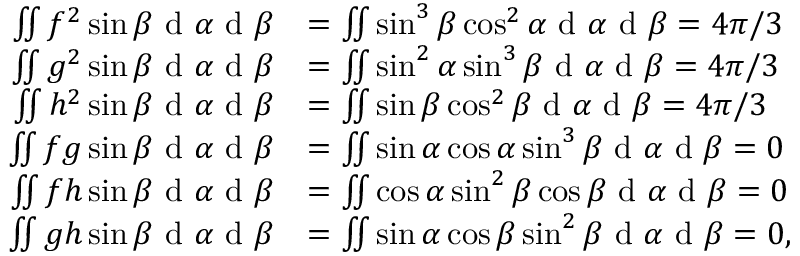
\begin{array} { r l } { \iint f ^ { 2 } \sin \beta \textrm { d } \alpha \textrm { d } \beta } & { = \iint \sin ^ { 3 } \beta \cos ^ { 2 } \alpha \textrm { d } \alpha \textrm { d } \beta = 4 \pi / 3 } \\ { \iint g ^ { 2 } \sin \beta \textrm { d } \alpha \textrm { d } \beta } & { = \iint \sin ^ { 2 } \alpha \sin ^ { 3 } \beta \textrm { d } \alpha \textrm { d } \beta = 4 \pi / 3 } \\ { \iint h ^ { 2 } \sin \beta \textrm { d } \alpha \textrm { d } \beta } & { = \iint \sin \beta \cos ^ { 2 } \beta \textrm { d } \alpha \textrm { d } \beta = 4 \pi / 3 } \\ { \iint f g \sin \beta \textrm { d } \alpha \textrm { d } \beta } & { = \iint \sin \alpha \cos \alpha \sin ^ { 3 } \beta \textrm { d } \alpha \textrm { d } \beta = 0 } \\ { \iint f h \sin \beta \textrm { d } \alpha \textrm { d } \beta } & { = \iint \cos \alpha \sin ^ { 2 } \beta \cos \beta \textrm { d } \alpha \textrm { d } \beta = 0 } \\ { \iint g h \sin \beta \textrm { d } \alpha \textrm { d } \beta } & { = \iint \sin \alpha \cos \beta \sin ^ { 2 } \beta \textrm { d } \alpha \textrm { d } \beta = 0 , } \end{array}